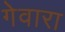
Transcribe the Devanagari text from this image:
गेवारा